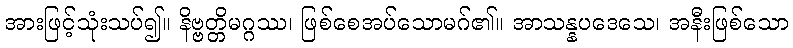
အားဖြင့်သုံးသပ်၍။ နိဗ္ဗတ္တိမဂ္ဂဿ၊ ဖြစ်စေအပ်သောမဂ်၏။ အာသန္နပဒေသေ၊ အနီးဖြစ်သော